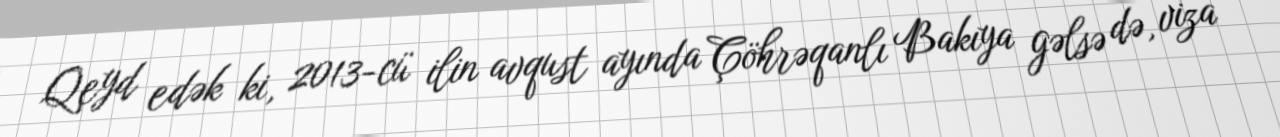
Qeyd edək ki, 2013-cü ilin avqust ayında Çöhrəqanlı Bakıya gəlsə də, viza